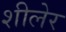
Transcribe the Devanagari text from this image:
शीलेर